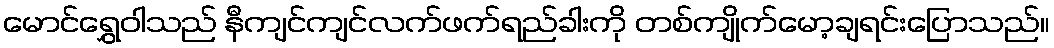
မောင်ရွှေဝါသည် နီကျင်ကျင်လက်ဖက်ရည်ခါးကို တစ်ကျိုက်မော့ချရင်းပြောသည်။